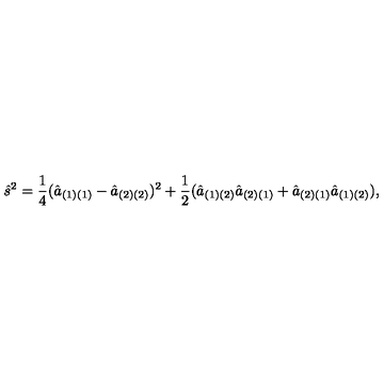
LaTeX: { \hat { s } } ^ { 2 } = { \frac { 1 } { 4 } } ( { \hat { a } } _ { ( 1 ) ( 1 ) } - { \hat { a } } _ { ( 2 ) ( 2 ) } ) ^ { 2 } + { \frac { 1 } { 2 } } ( { \hat { a } } _ { ( 1 ) ( 2 ) } { \hat { a } } _ { ( 2 ) ( 1 ) } + { \hat { a } } _ { ( 2 ) ( 1 ) } { \hat { a } } _ { ( 1 ) ( 2 ) } ) ,